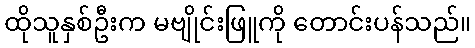
ထိုသူနှစ်ဦးက မဗျိုင်းဖြူကို တောင်းပန်သည်။